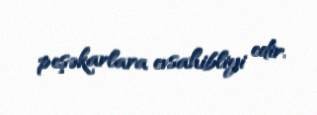
peşəkarlara evsahibliyi edir.